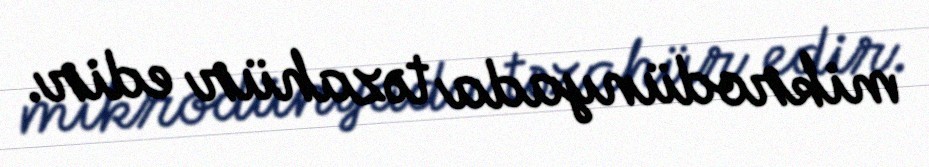
mikrodünyada təzahür edir.